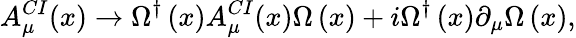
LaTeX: A_{\mu}^{CI}(x)\rightarrow\Omega^{\dagger}\left(x\right)A_{\mu}^{CI}(x)\Omega\left(x\right)+i\Omega^{\dagger}\left(x\right)\partial_{\mu}\Omega\left(x\right),